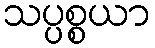
သပ္ပစ္စယာ